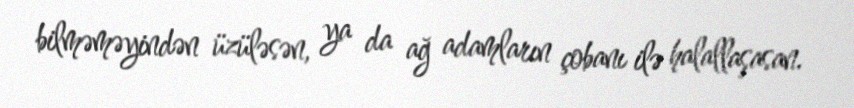
bilməməyindən üzüləsən, ya da ağ adamların çobanı ilə halallaşasan.